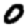
Digit: 0